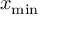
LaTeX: x _ { \mathrm { m i n } }